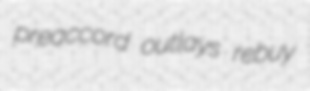
preaccord outlays rebuy